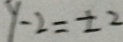
y - 2 = \pm 2